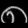
Digit: ၈